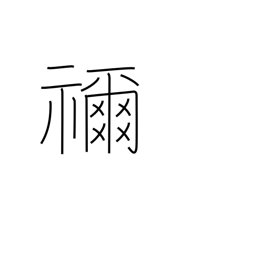
Meaning: ancestral shrine